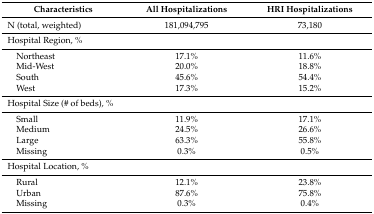
<table><thead><tr><td><b>Characteristics</b></td><td><b>All Hospitalizations</b></td><td><b>HRI Hospitalizations</b></td></tr></thead><tbody><tr><td>N (total, weighted)</td><td>181,094,795</td><td>73,180</td></tr><tr><td>Hospital Region, %</td><td></td><td></td></tr><tr><td> Northeast</td><td>17.1%</td><td>11.6%</td></tr><tr><td> Mid-West</td><td>20.0%</td><td>18.8%</td></tr><tr><td> South</td><td>45.6%</td><td>54.4%</td></tr><tr><td> West</td><td>17.3%</td><td>15.2%</td></tr><tr><td>Hospital Size (# of beds), %</td><td></td><td></td></tr><tr><td> Small</td><td>11.9%</td><td>17.1%</td></tr><tr><td> Medium</td><td>24.5%</td><td>26.6%</td></tr><tr><td> Large</td><td>63.3%</td><td>55.8%</td></tr><tr><td> Missing</td><td>0.3%</td><td>0.5%</td></tr><tr><td>Hospital Location, %</td><td></td><td></td></tr><tr><td> Rural</td><td>12.1%</td><td>23.8%</td></tr><tr><td> Urban</td><td>87.6%</td><td>75.8%</td></tr><tr><td> Missing</td><td>0.3%</td><td>0.4%</td></tr></tbody></table>